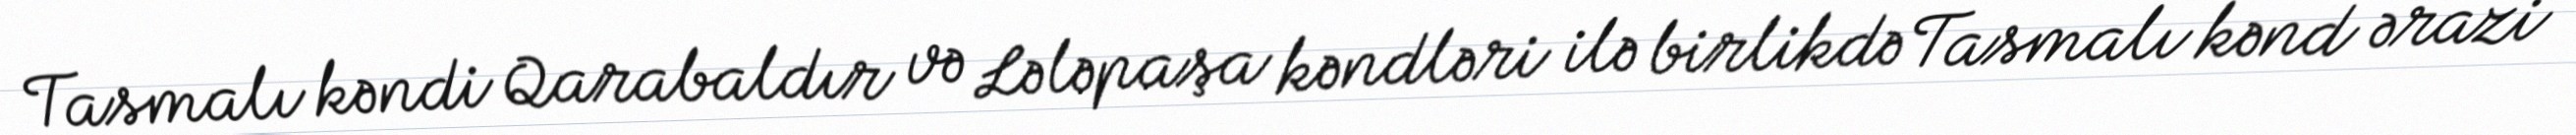
Tasmalı kəndi Qarabaldır və Lələpaşa kəndləri ilə birlikdə Tasmalı kənd ərazi